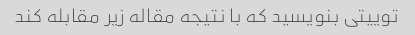
توییتی بنویسید که با نتیجه مقاله زیر مقابله کند